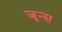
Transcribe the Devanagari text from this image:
जून्स